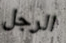
الرجل